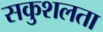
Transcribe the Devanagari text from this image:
सकुशलता